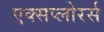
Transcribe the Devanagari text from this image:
एक्सप्लोरर्स